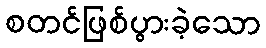
စတင်ဖြစ်ပွားခဲ့သော